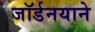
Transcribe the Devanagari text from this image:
जॉर्डनयाने